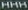
HHH